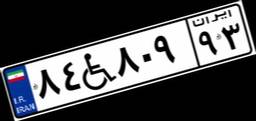
۸۴W۸۰۹۹۳